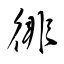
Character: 徘